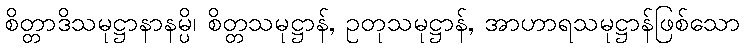
စိတ္တာဒိသမုဋ္ဌာနာနမ္ပိ၊ စိတ္တသမုဋ္ဌာန်, ဥတုသမုဋ္ဌာန်, အာဟာရသမုဋ္ဌာန်ဖြစ်သော